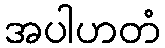
အပါဟတံ